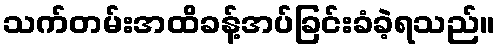
သက်တမ်းအထိခန့်အပ်ခြင်းခံခဲ့ရသည်။